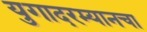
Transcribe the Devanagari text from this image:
युगादरम्यानचा